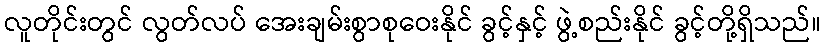
လူတိုင်းတွင် လွတ်လပ် အေးချမ်းစွာစုဝေးနိုင် ခွင့်နှင့် ဖွဲ့စည်းနိုင် ခွင့်တို့ရှိသည်။